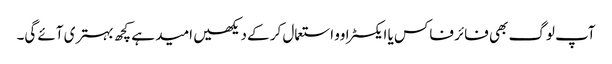
آپ لوگ بھی فائر فاکس یا ایکسٹراوو استعمال کر کے دیکھیں امید ہے کچھ بہتری آئے گی۔